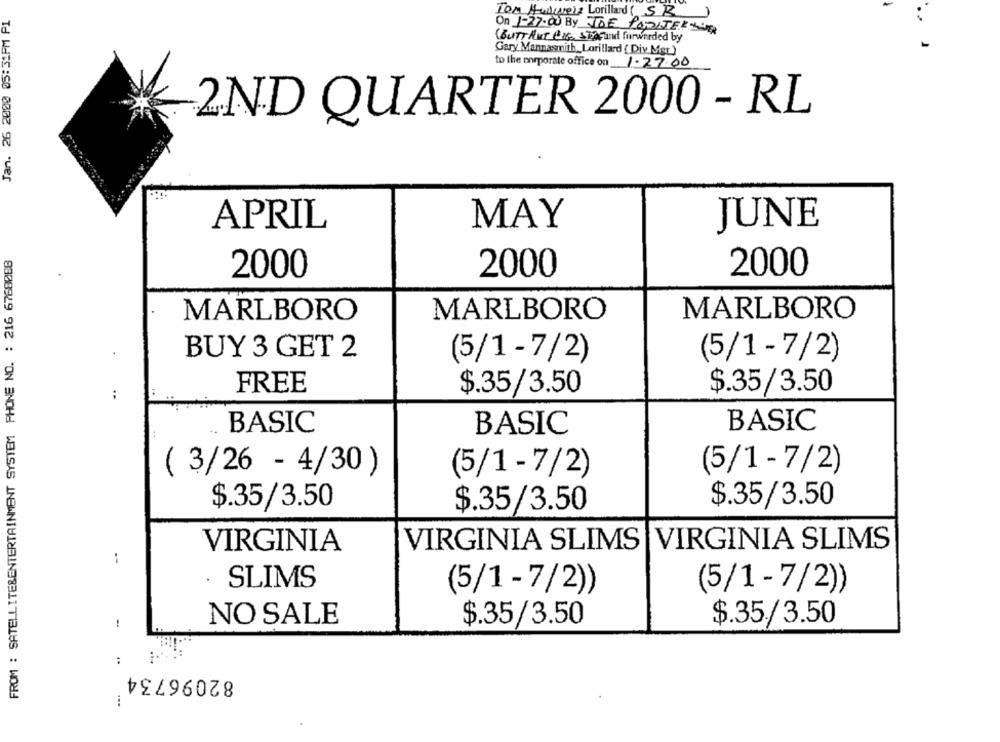
Jan. 26 2000 05:31PM P1
Ton Huaweis Lorillard ( SB)
On 1-27.00 By JOE PONIJERYA
(BUTT AUT PIG STAF and forwarded by
Gary Mannasmith_Lorillard ( Div. Mgt)
to the corporate office on
1.27.00
2ND QUARTER 2000 - RL
APRIL
MAY
JUNE
FROM : SATELLITE&ENTERTAINMENT SYSTEM PHONE NO. : 216 6768088
2000
2000
2000
MARLBORO
MARLBORO
MARLBORO
BUY 3 GET 2
(5/1 -7/2)
(5/1-7/2)
FREE
$.35/3.50
$.35/3.50
:
BASIC
BASIC
BASIC
( 3/26 - 4/30 )
(5/1-7/2)
(5/1-7/2)
$.35/3.50
$.35/3.50
$.35/3.50
VIRGINIA
VIRGINIA SLIMS
VIRGINIA SLIMS
.
SLIMS
(5/1-7/2))
(5/1-7/2))
NO SALE
$.35/3.50
$.35/3.50
:
82096734